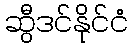
ဆွီဒင်နိုင်ငံ